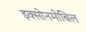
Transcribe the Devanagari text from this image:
इक्सोनमोबिल